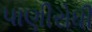
પાણીરોધી